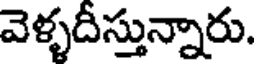
వెళ్ళదీస్తున్నారు.